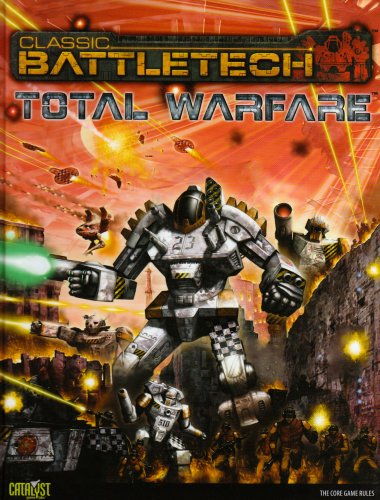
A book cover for Battletech Total Warfare (Classic Battletech); Catalyst Game Labs; Science Fiction & Fantasy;